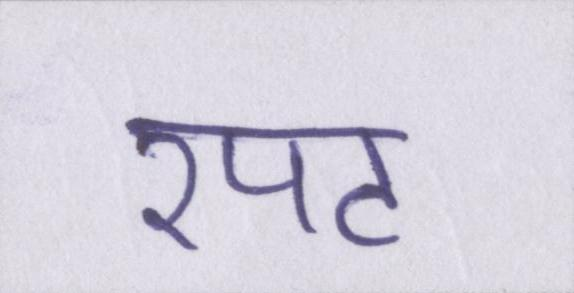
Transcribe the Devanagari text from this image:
रपट